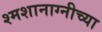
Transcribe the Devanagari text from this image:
श्मशानाग्नीच्या